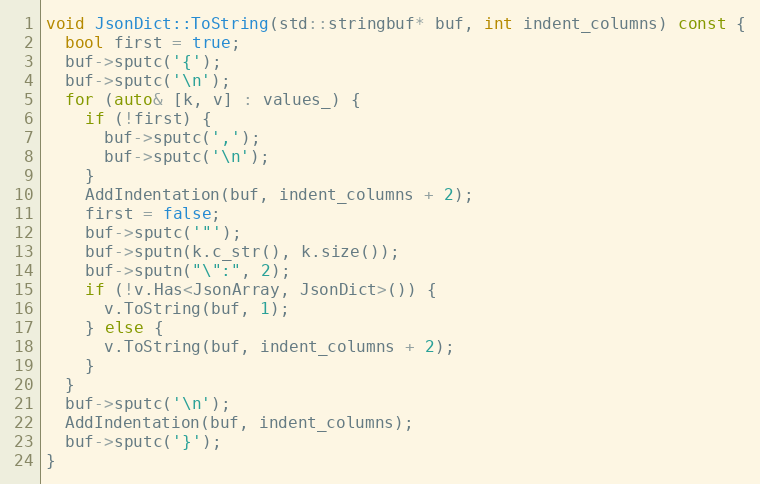
Language: C++
void JsonDict::ToString(std::stringbuf* buf, int indent_columns) const {
  bool first = true;
  buf->sputc('{');
  buf->sputc('\n');
  for (auto& [k, v] : values_) {
    if (!first) {
      buf->sputc(',');
      buf->sputc('\n');
    }
    AddIndentation(buf, indent_columns + 2);
    first = false;
    buf->sputc('"');
    buf->sputn(k.c_str(), k.size());
    buf->sputn("\":", 2);
    if (!v.Has<JsonArray, JsonDict>()) {
      v.ToString(buf, 1);
    } else {
      v.ToString(buf, indent_columns + 2);
    }
  }
  buf->sputc('\n');
  AddIndentation(buf, indent_columns);
  buf->sputc('}');
}